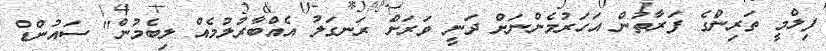
ފިލްމީ ތަރިންގެ ފަރާތުން އަހަރުމެންނަށް ދަނީ ވަރަށް ރަނގަލު އެއްބާރުލުމެއް ލިބެމުން" ސައުންޑް